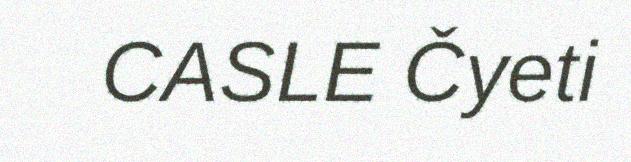
CASLE Čyeti